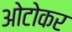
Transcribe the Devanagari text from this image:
ओटोकर